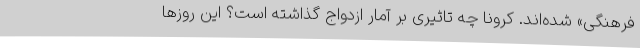
فرهنگی» شده‌اند. کرونا چه تاثیری بر آمار ازدواج گذاشته است؟ این روزها